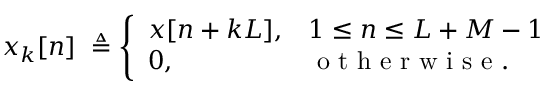
x _ { k } [ n ] \ \triangleq { \left\{ \begin{array} { l l } { x [ n + k L ] , } & { 1 \leq n \leq L + M - 1 } \\ { 0 , } & { { \textrm { o t h e r w i s e } } . } \end{array} \right. }